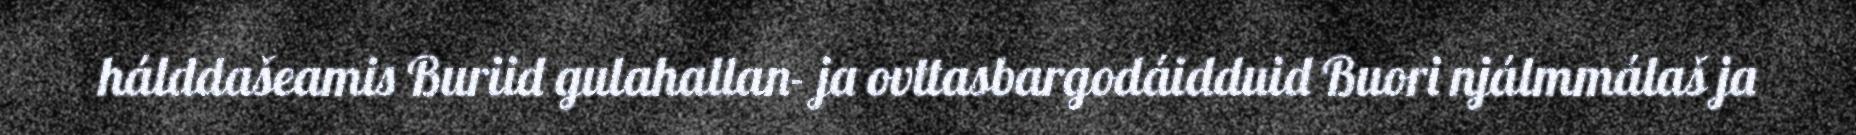
hálddašeamis Buriid gulahallan- ja ovttasbargodáidduid Buori njálmmálaš ja